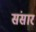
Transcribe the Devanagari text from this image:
संसारं